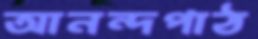
আনন্দপাঠ